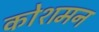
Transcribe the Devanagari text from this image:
कोशमन